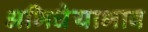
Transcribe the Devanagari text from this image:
अभिधेयाभाव